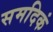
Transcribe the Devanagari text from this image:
समदिकं